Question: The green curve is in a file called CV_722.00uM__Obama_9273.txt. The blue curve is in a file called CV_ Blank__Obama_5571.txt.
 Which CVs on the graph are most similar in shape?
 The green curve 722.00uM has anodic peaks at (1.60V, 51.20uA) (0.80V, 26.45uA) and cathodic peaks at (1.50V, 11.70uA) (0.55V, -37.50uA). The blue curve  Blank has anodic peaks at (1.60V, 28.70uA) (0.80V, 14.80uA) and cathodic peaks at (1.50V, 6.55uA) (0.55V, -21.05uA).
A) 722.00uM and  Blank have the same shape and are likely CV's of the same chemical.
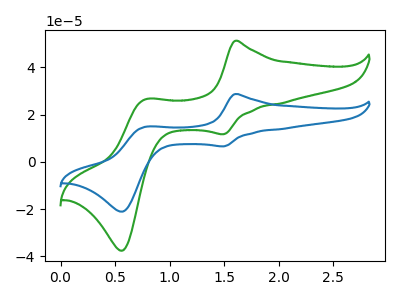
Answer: <think>All the peaks in "722.00uM" have a peak in " Blank" at the same potential.
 </think>
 <answer>A) "722.00uM" and " Blank" have the same shape and are likely CV's of the same chemical.</answer>
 <eval>A</eval>